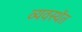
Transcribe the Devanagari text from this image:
व्यवस्थेंत